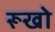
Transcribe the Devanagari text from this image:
रूखो